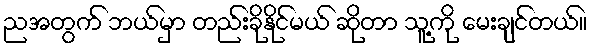
ညအတွက် ဘယ်မှာ တည်းခိုနိုင်မယ် ဆိုတာ သူ့ကို မေးချင်တယ်။